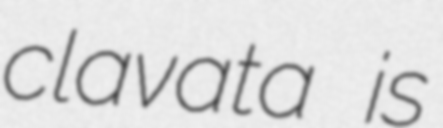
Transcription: clavata is